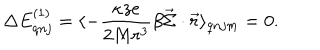
\Delta E _ { q n j } ^ { ( 1 ) } = \langle - \frac { \kappa z e } { 2 M r ^ { 3 } } \beta \vec { \Sigma } \cdot \vec { r } \rangle _ { q n j m } = 0 .